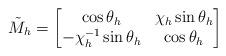
LaTeX: \begin{align*}\tilde{M}_h=\left[ \begin{matrix}\cos \theta_h & \chi_h\sin \theta_h\\ -\chi_h^{-1}\sin \theta_h & \cos \theta_h\end{matrix}\right]\end{align*}